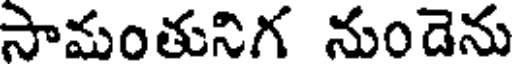
సామంతునిగ నుండెను